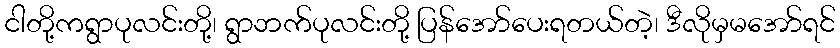
ငါတို့ကရွာပုလင်းတို့၊ ရွာဘက်ပုလင်းတို့ ပြန်အော်ပေးရတယ်တဲ့၊ ဒီလိုမှမအော်ရင်